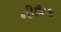
નીધિક